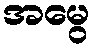
အမွေ